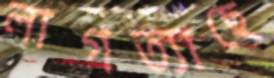
লাগত্যাছে